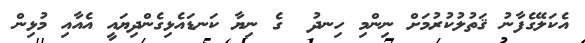
އެކަލޭގެފާނު ޤަތުލުކުރުމަށް ނިންމި ހިނދު  ގެ ނިޔާ ކަނޑައެޅިގެންދިޔައީ އެއާއި މުޅިން